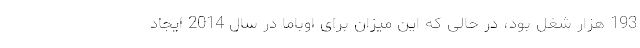
193 هزار شغل بود، در حالی که این میزان برای اوباما در سال 2014 ایجاد